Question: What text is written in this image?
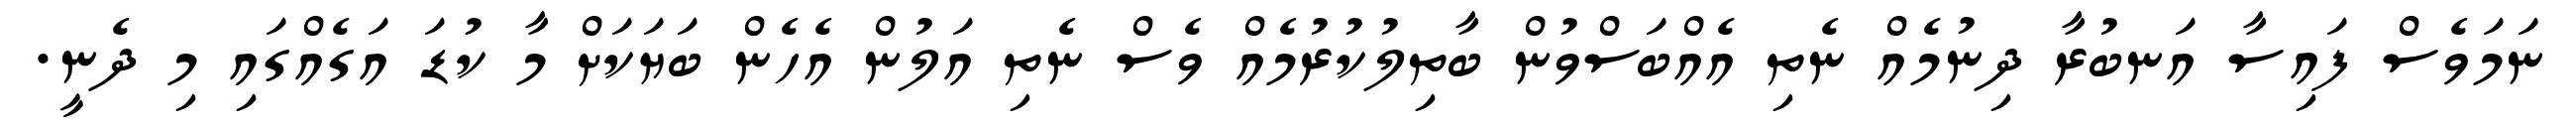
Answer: ނަމަވެސް ފައިސާ އަނބުރާ ދިނުމެއް ނެތި އެއްބަސްވުން ބާތިލުކުރުމެއް ވެސް ނެތި އަލުން އެހެން ބަޔަކަށް މާ ކުޑަ އަގެއްގައި މި ދެނީ.